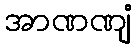
အာဏဏျံ